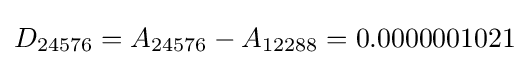
D_{24576}=A_{24576}-A_{12288}=0.0000001021